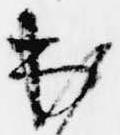
出